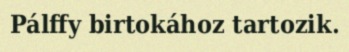
Pálffy birtokához tartozik.